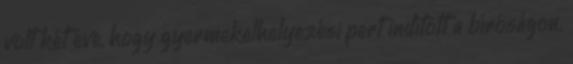
volt két éve, hogy gyermekelhelyezési pert indított a bíróságon.